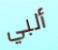
ألبي